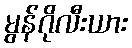
မွန်ဂိုလီးယား